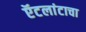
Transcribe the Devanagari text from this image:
ऍटलांटाचा